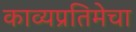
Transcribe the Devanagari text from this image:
काव्यप्रतिमेचा